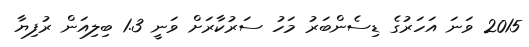
2015 ވަނަ އަހަރުގެ ޑިސެންބަރު މަހު ސަރުކާރަށް ވަނީ 1.3 ބިލިއަން ރުފިޔާ